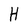
Character: H